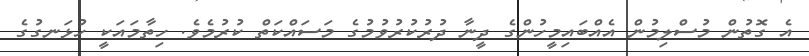
އެ ގޮތުން މުސްލިމުން އެއްބައިމީހުންގެ ދީނާ ދުރުކުރުވުމުގެ މަސައްކަތް ކުރުމެވެ. ހިތާމައަކީ ހުޅަނގުގެ